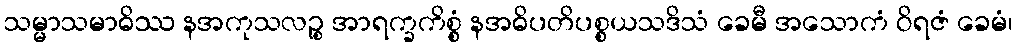
သမ္မာသမာဓိဿ နအကုသလဉ္စ အာရက္ခကိစ္စံ နအဓိပတိပစ္စယသဒိသံ ခေမီ အသောကံ ဝိရဇံ ခေမံ၊